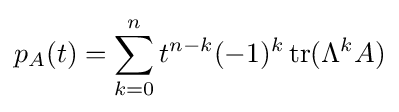
p_{A}(t)=\sum _{k=0}^{n}t^{n-k}(-1)^{k}\operatorname {tr} (\Lambda ^{k}A)